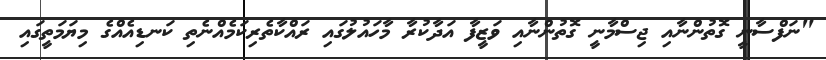
"ނަފްސާނީ ގޮތުންނާއި ޖިސްމާނީ ގޮތުންނާއި ވަޒީފާ އަދާކުރާ މާހައުލުގައި ރައްކާތެރިކަމެއްނެތި ކަނޑިއެއްގެ މިޔަމަތީގައި